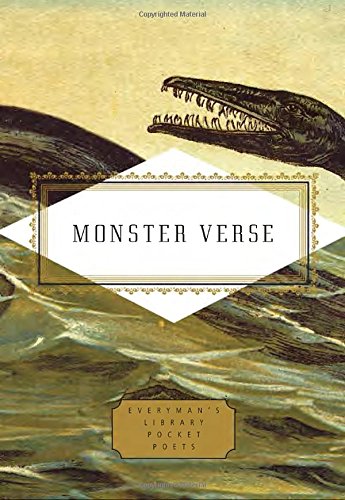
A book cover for Monster Verse: Poems Human and Inhuman (Everyman's Library Pocket Poets); Literature & Fiction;